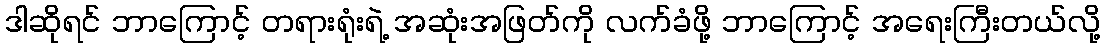
ဒါဆိုရင် ဘာကြောင့် တရားရုံးရဲ့ အဆုံးအဖြတ်ကို လက်ခံဖို့ ဘာကြောင့် အရေးကြီးတယ်လို့